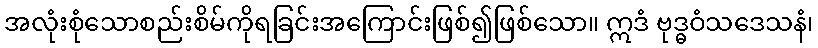
အလုံးစုံသောစည်းစိမ်ကိုရခြင်းအကြောင်းဖြစ်၍ဖြစ်သော။ ဣဒံ ဗုဒ္ဓဝံသဒေသနံ၊